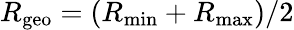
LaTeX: R_{\mathrm{geo}}=(R_{\mathrm{min}}+R_{\mathrm{max}})/2